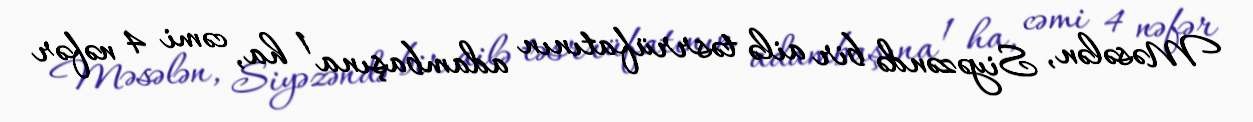
Məsələn, Siyəzəndə bir ailə təsrrüfatının adambaşına 1 ha, cəmi 4 nəfər